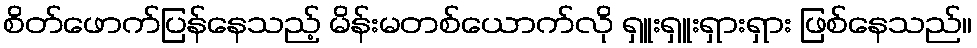
စိတ်ဖောက်ပြန်နေသည့် မိန်းမတစ်ယောက်လို ရှူးရှူးရှားရှား ဖြစ်နေသည်။